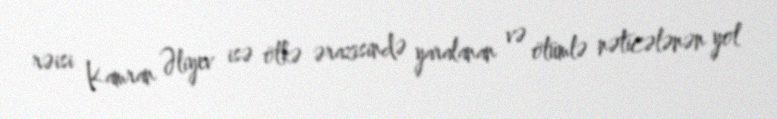
rəisi Kamran Əliyev isə ölkə ərazisində yaralanan və ölümlə nəticələnən yol